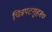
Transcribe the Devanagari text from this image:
चित्रपटगृह१०